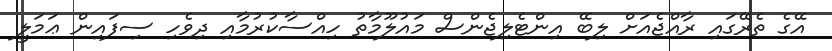
އޭގެ ތެރޭގައި ރާއްޖެއަށް ލިބޭ އިންޓެލިޖެންސް މައުލޫމާތު ހިއްސާކުރުމާއި ދިވެހި ސިފައިން ޢަމަލީ